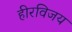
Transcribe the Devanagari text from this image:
हीरविजय